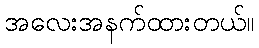
အလေးအနက်ထားတယ်။